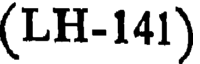
(LH-141)